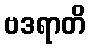
ဗဒရာတိ